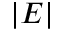
| E |